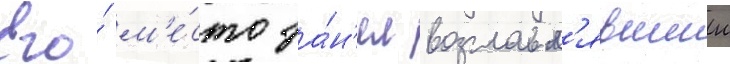
Его́ м'е́сто за́н'ял возглавл'явшии